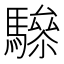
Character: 𩥵